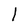
Character: l